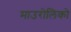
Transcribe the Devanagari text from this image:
माउरोलिको